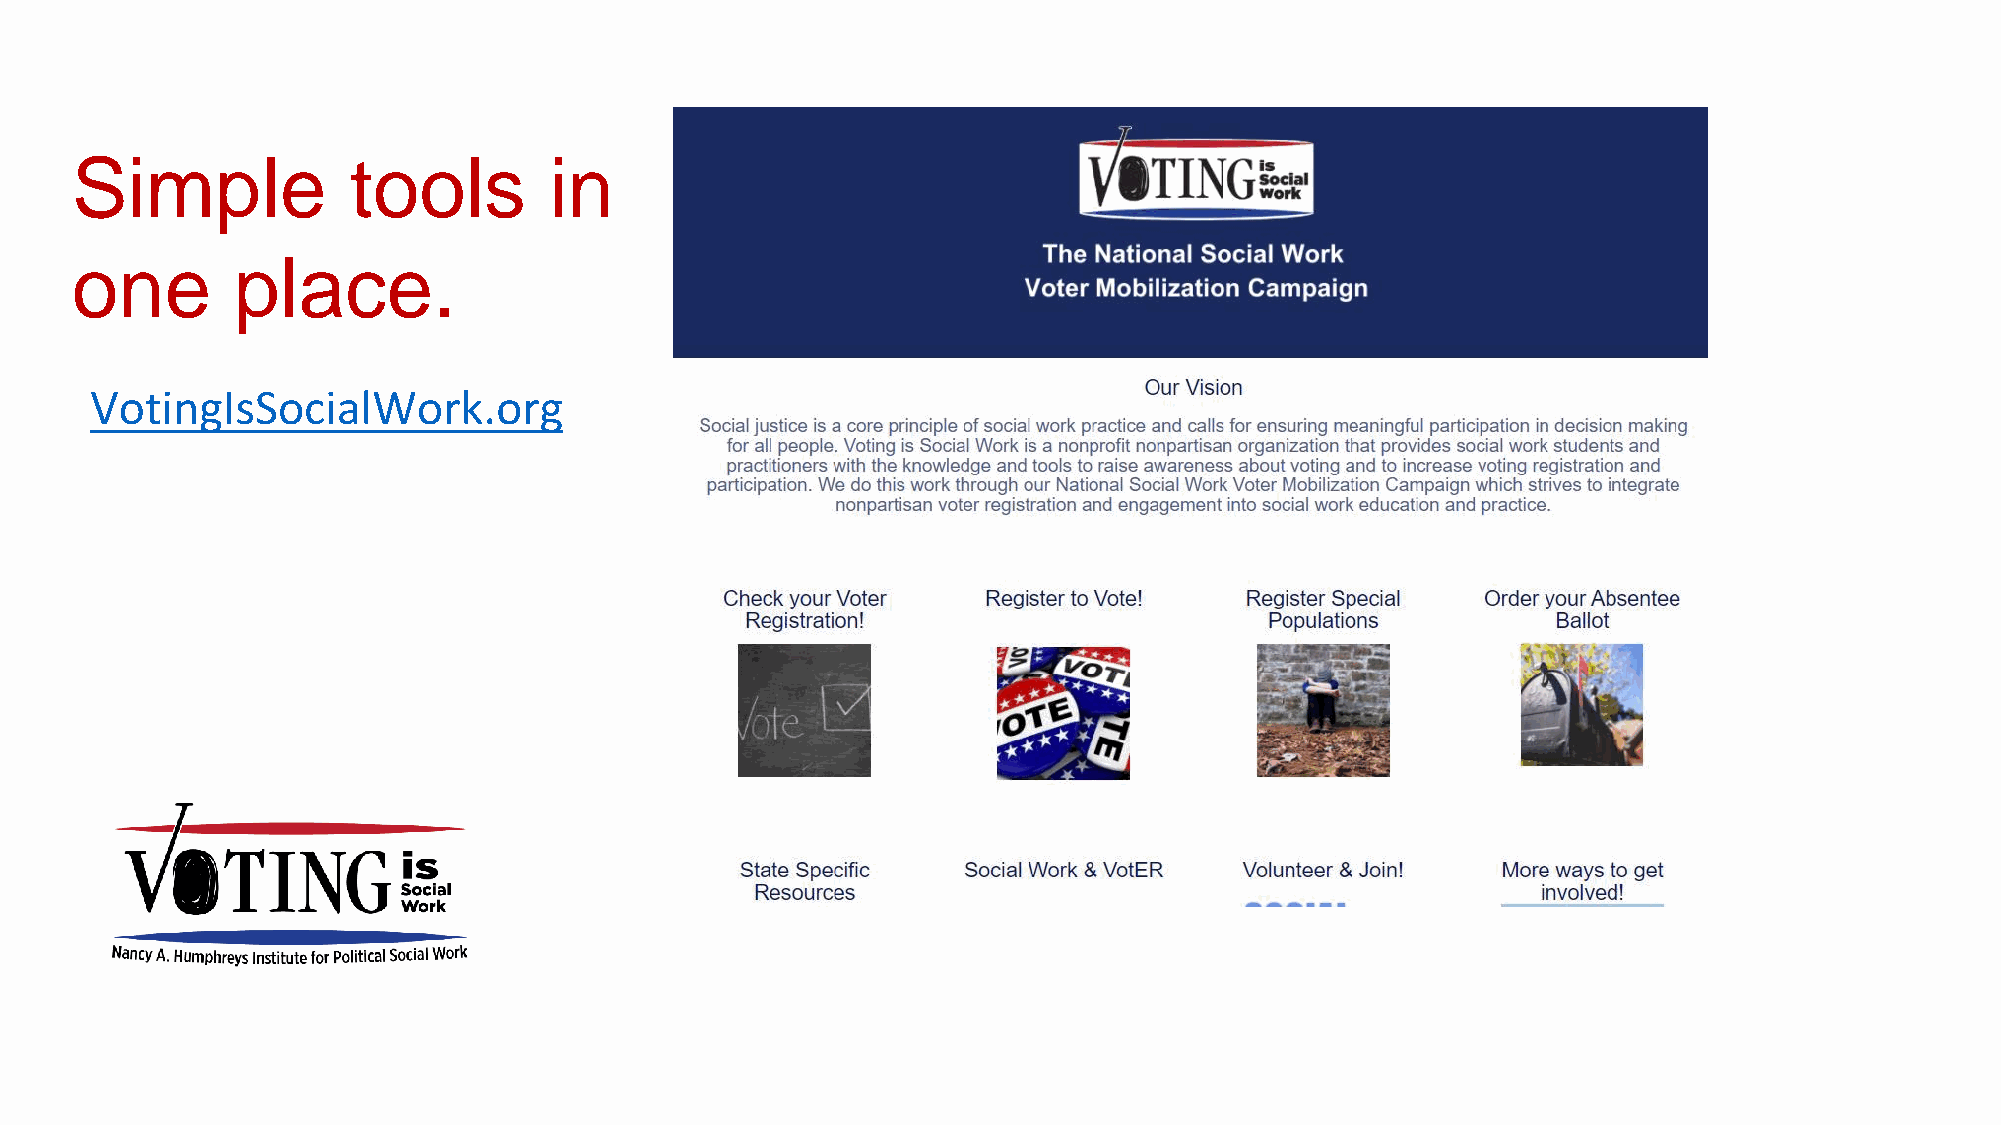
Simple            tools        in
 one       place.
 VotingIsSocialWork.org